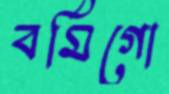
বর্মিগো